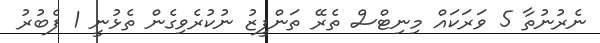
ނެރުނުތާ 5 ވަރަކައް މިނިޓްސް ތެރޭ ތަންފީޒު ނުކުރެވިގެން ތެޅުނީ 1 ފެބުރު